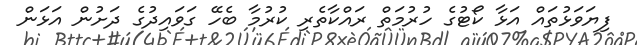
ފިޔަވަޅުތައް އަޅާ ކޯޓުގެ ހުރުމަތް ރައްކާތެރި ކުރުމާ ބެހޭ ގަވައިދުގެ ދަށުން އަޅަން